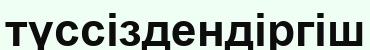
түссіздендіргіш